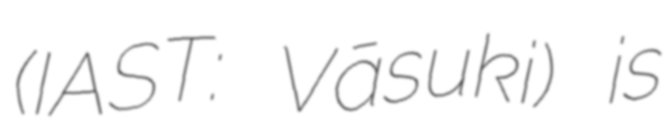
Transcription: (IAST: Vāsuki) is